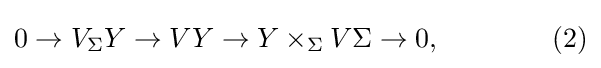
0\to V_{\Sigma }Y\to VY\to Y\times _{\Sigma }V\Sigma \to 0,\qquad \qquad (2)